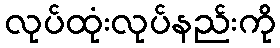
လုပ်ထုံးလုပ်နည်းကို